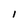
Character: 1